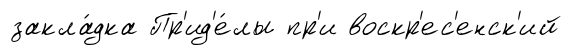
закла́дка Пр'ид'е́лы пр'и воскр'ес'енск'ий